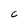
Character: c